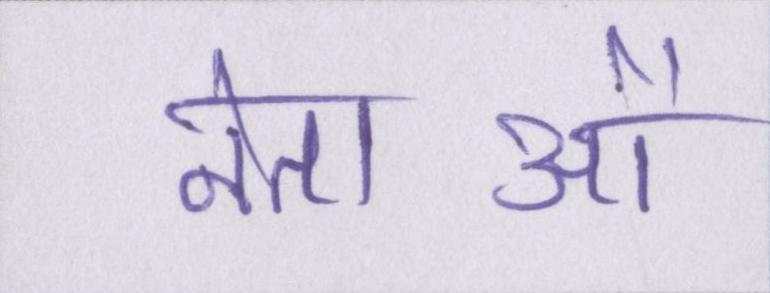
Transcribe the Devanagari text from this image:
नेताओं